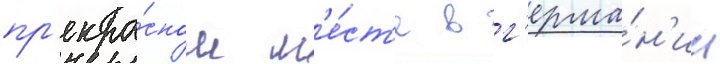
пр'екра́сном м'е́ст'е в г'ерма́н'ии